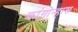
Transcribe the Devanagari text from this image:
कांगोन्हास